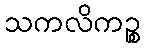
သကလိကဉ္စ